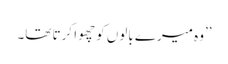
’’وہ میرے بالوں کو چھوا کرتا تھا۔